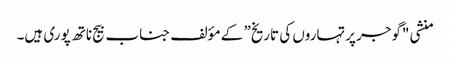
منشی "گوجر پرتہاروں کی تاریخ” کے مؤلف جناب بیج ناتھ پوری ہیں۔